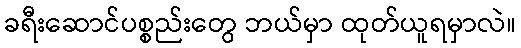
ခရီးဆောင်ပစ္စည်းတွေ ဘယ်မှာ ထုတ်ယူရမှာလဲ။